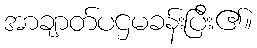
အာချာတ်ပဌမခန်းပြီး၏။